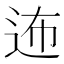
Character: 𲅓